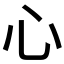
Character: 心